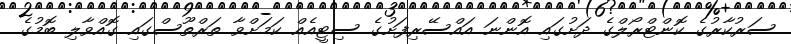
ސަރުކާރުގެ ކޮންޓްރޯލްގެ ދަށުގައި އޮންނަ އައްސޭރިފަށުގެ ސިޓީއެއް ކަމަށްވާ ތަރްތޫސްގައި ގޮއްވާލި ބޮމުގެ